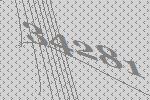
34281